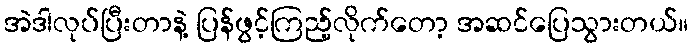
အဲဒါလုပ်ပြီးတာနဲ့ ပြန်ဖွင့်ကြည့်လိုက်တော့ အဆင်ပြေသွားတယ်။